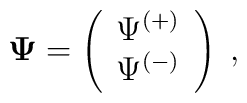
{\bf \Psi}=\left(\begin{array}{c}\Psi^{(+)}\\ \Psi^{(-)} \end{array}\right)\;,